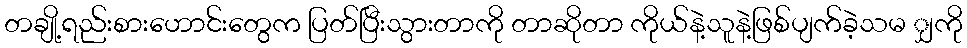
တချို့ရည်းစားဟောင်းတွေက ပြတ်ပြီးသွားတာကို တာဆိုတာ ကိုယ်နဲ့သူနဲ့ဖြစ်ပျက်ခဲ့သမ ျှကို